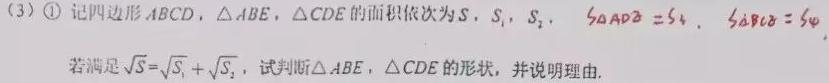
(3) $\textcircled{1}$ 记四边形 \(ABCD\)，\(\triangle ABE\)，\(\triangle CDE\) 的面积依次为 \(S\)，\(S_{1}\)，\(S_{2}\)，\(S_{\triangle ADE}=S_{3}\)，\(S_{\triangle BCE}=S_{4}\). 若满足 \(\sqrt{S}=\sqrt{S_{1}}+\sqrt{S_{2}}\)，试判断 \(\triangle ABE\)，\(\triangle CDE\) 的形状，并说明理由.